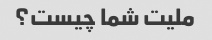
ملیت شما چیست؟